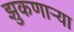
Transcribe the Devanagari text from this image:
झुकणार्‍या